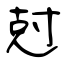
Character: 尅